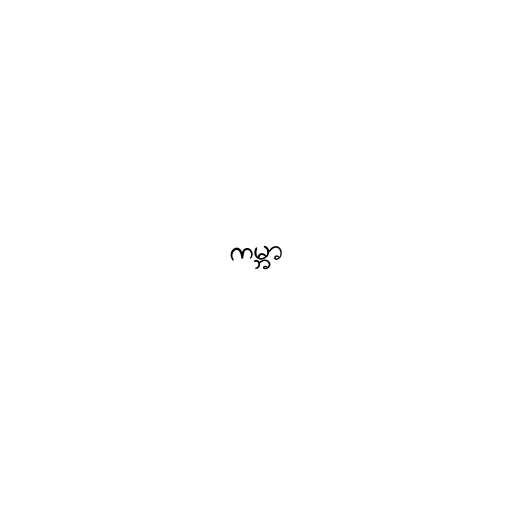
ကမ္ဘာ